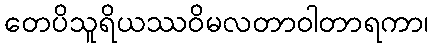
တေပိသူရိယဿဝိမလတာဝါတာရကာ၊